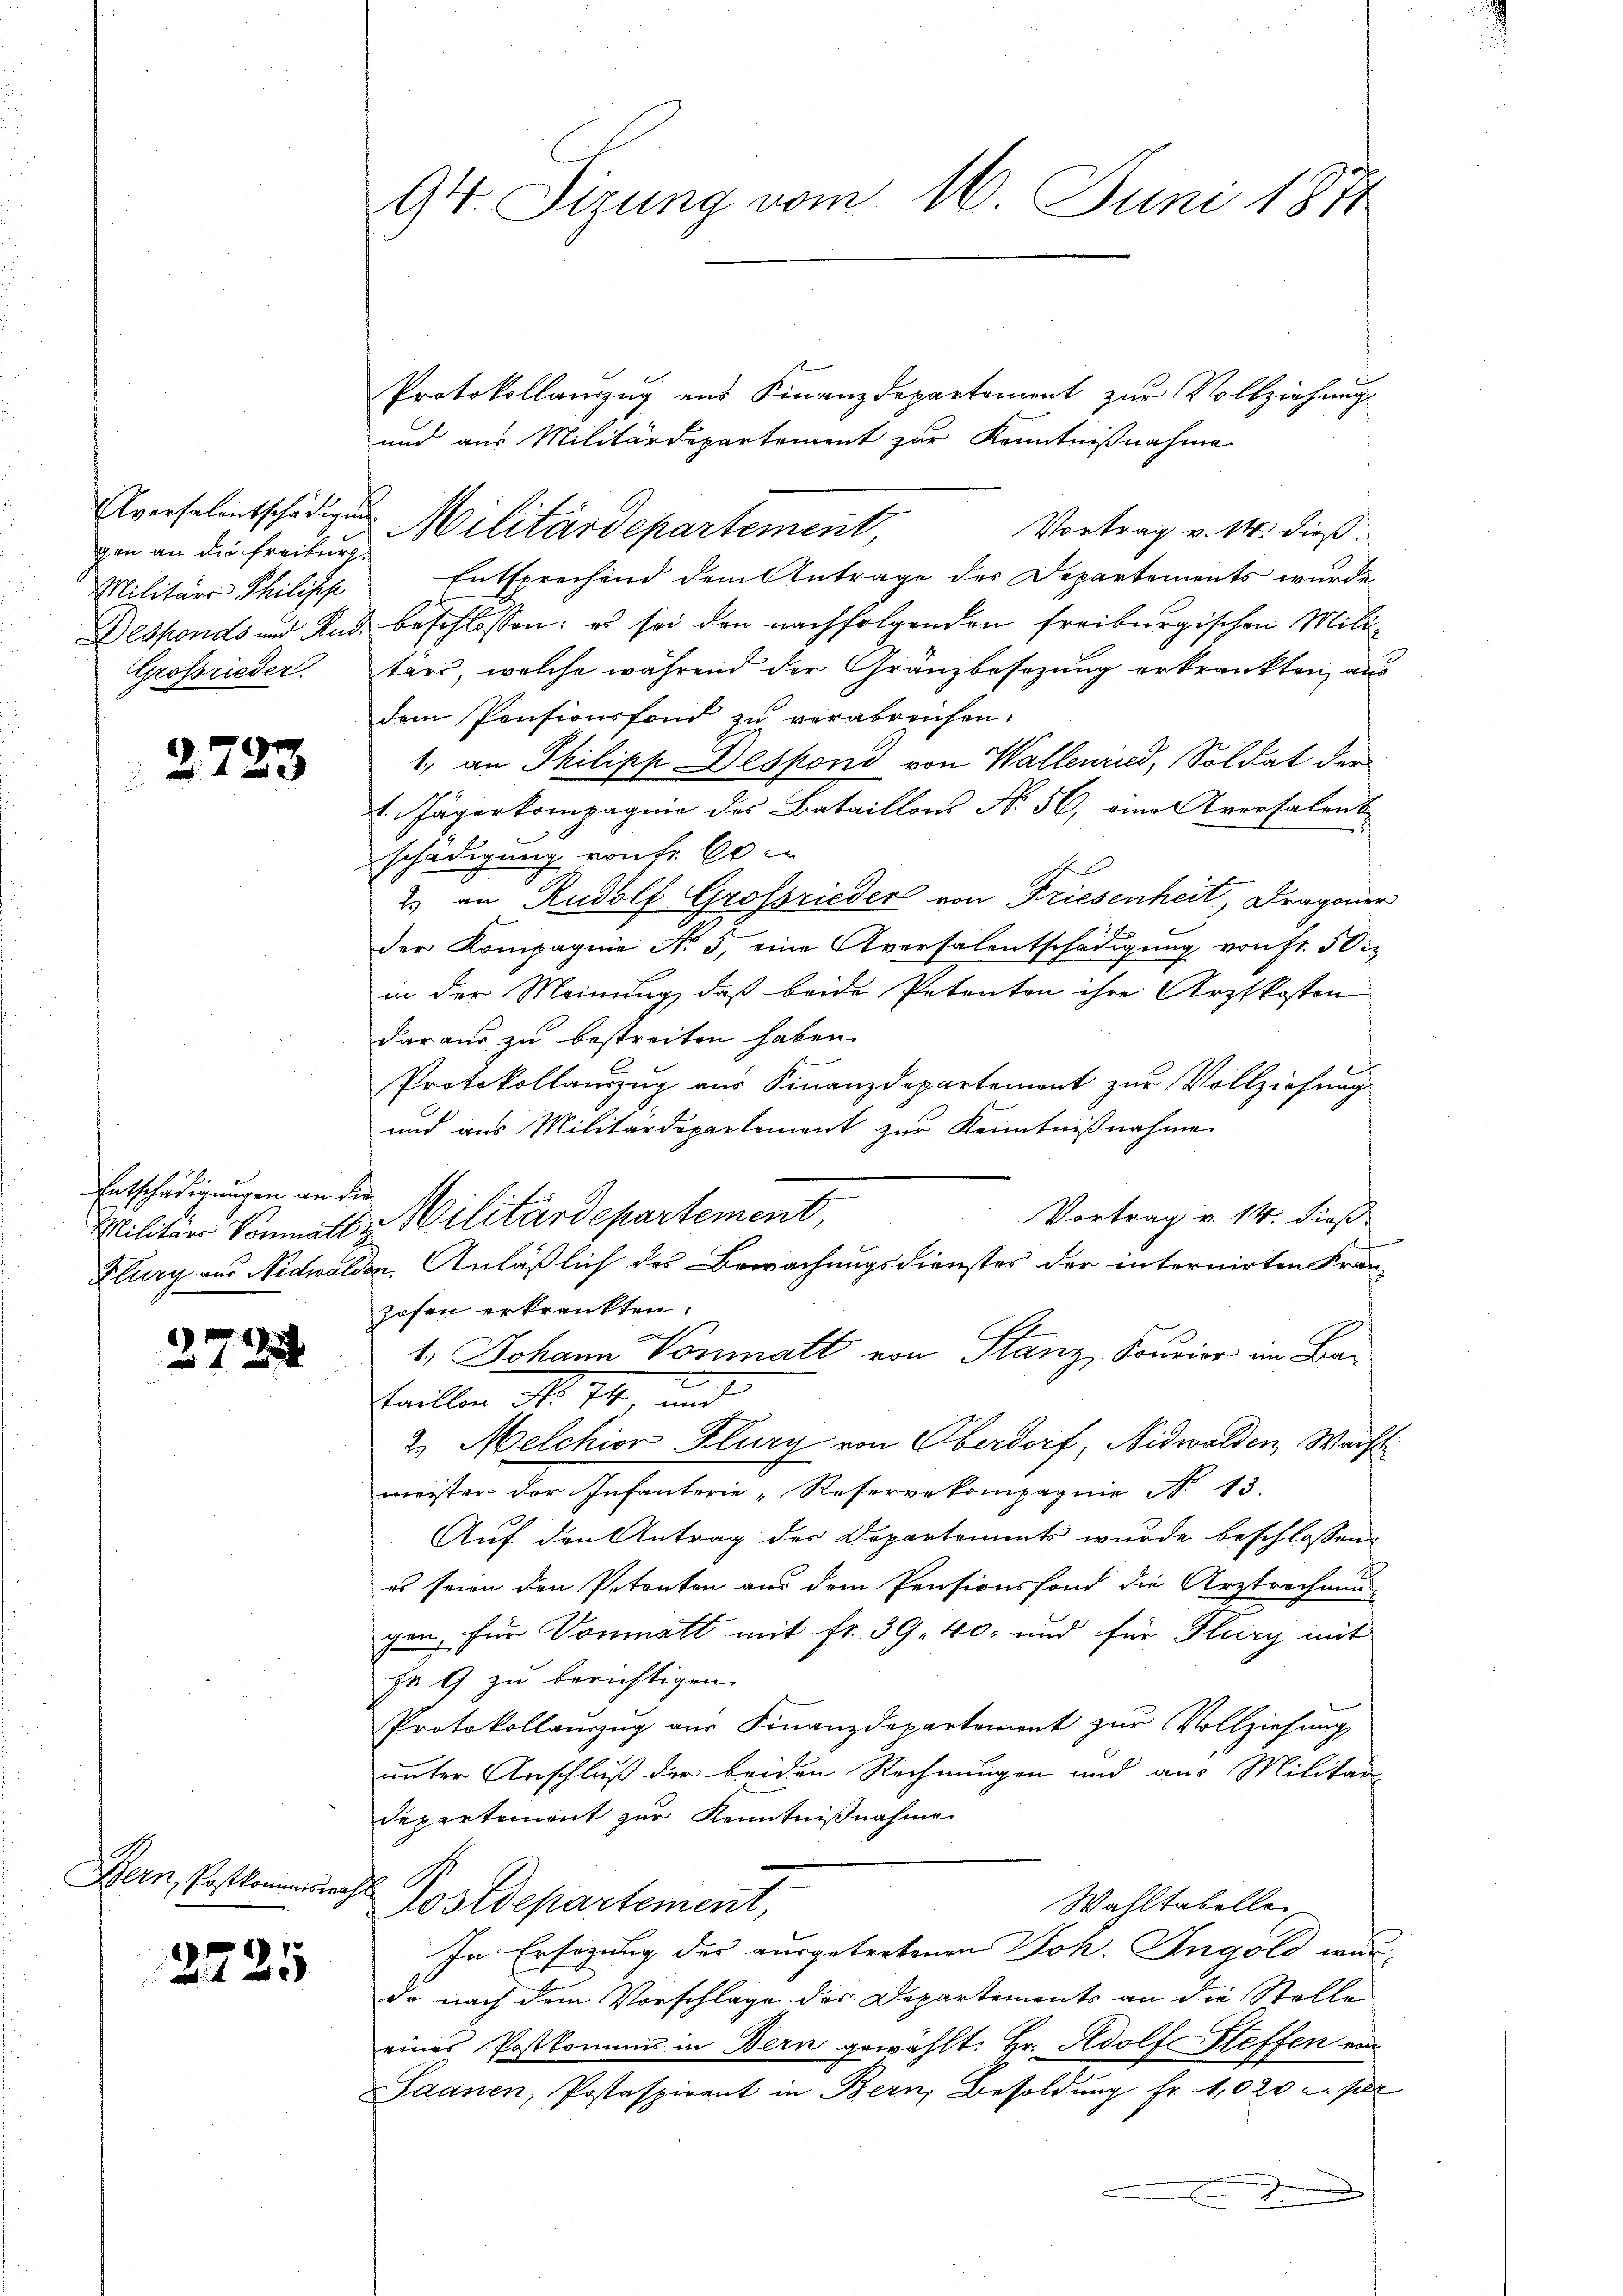
gen an die Freiburg.
Militärs Philische
Großrieder.

2723

Entschädigungen an die

2785

Bern, Postkommiswahl

2725

94. Sizung vom 16. Juni 1871

Protokollauszug aus Finanzdepartement zur Vollziehung
und aus Militärdepartement zur Kenntnißnahme
Vortrag v. 14. dieß
Entsprechend dem Antrage des Departements wurde
Desponds und And. beschlossen: es sei den nachfolgenden freiburgischen Militärs, welche während der Gränzbesezung erkrankten, aus
dem Pensionsfond zu verabreichen.
1. an Philipp Despond von Wallenried, Soldat der
1. Jägerkompagnie des Bataillons No 56, eine Aversalent
schädigung von Fr. 60 er
2. an Rudolf Grossrieder von Friesenheit, Dragoner
der Kompagnie No 5, eine Aversalentschädigung von Fr. 50
in der Meinung, daß beide Petenton ihre Arztkosten
daraus zu bestreiten haben.
Protokollauszug aus Finanzdepartement zur Vollziehung
und aus Militärdepartement zur Kenntnißnahme
Vortrag v. 14. dieß
Flurg aus Nidwalden. Anläßlich des Bewachungsdienstes der internirten Fran-
zosen erkrankten.
1. Johann Vonmatt von Stanz, Fourier im Ba¬
.
taillon Nr. 74 und
2. Melchior Flury von Oberdorf, Nidwalden, Wacht
meister der Infanterie-Reserverkompagnie No 13.
Auf den Antrag der Departements wurde beschlossen:
es seien den Petenten aus dem Pensionsfond die Arztrechnun-
gen, für Vonmatt mit fr. 39. 40, und für Flury mit
Fr 9 zu berichtigen.
Protokollauszug aus Finanzdepartement zur Vollziehung
unter Anschluß der beiden Rechnungen und aus Militär-
Departement zur Kenntnißnahme
Postdepartement,
Wahltabellen
In Ersezung der ausgetretenen Joh. Ingold wurde nach dem Vorschlage des Departements an die Stelle
eines Postkomme in Bern gewählt: Hr. Adolf Steffen von
Saanen, Postaspirant in Bern, Besoldung Fr. 1,020 c. per
n
.

Aversalentschädigen Militärdepartement,

Militär- Vonmatt Militärdepartement,